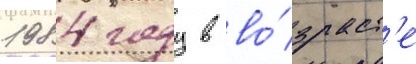
1984 году в во́зраст'е